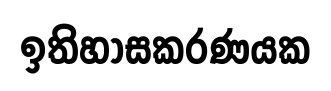
ඉතිහාසකරණයක